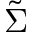
\tilde { \Sigma }